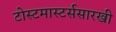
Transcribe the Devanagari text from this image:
टोस्टमास्टर्ससारखी